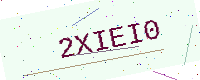
Text: 2XIEI0